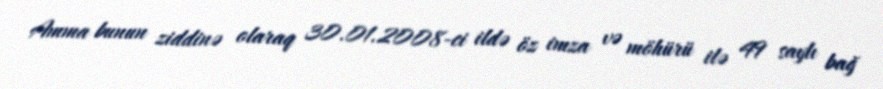
Amma bunun ziddinə olaraq 30.01.2008-ci ildə öz imza və möhürü ilə 49 saylı bağ